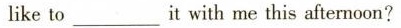
like to ___ it with me this afternoon?